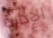
الإدارة